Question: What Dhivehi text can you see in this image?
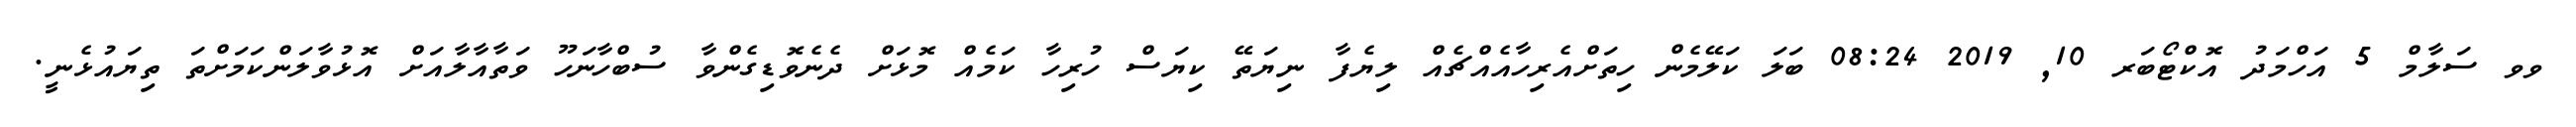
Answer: ވވ ސަލާމް 5 އަހްމަދު އޮކްޓޯބަރ 10, 2019 08:24 ބަލަ ކަލޭމެން ހިތަށްއެރިހާއެއްޗެއް ލިޔެފާ ނިޔަތޭ ކިޔަސް ހުރިހާ ކަމެއް މޮޅަށް ދެނެވޮޑިގެންވާ ސުބްހާނަހޫ ވަތާއާލާއަށް އޮޅުވާލަންކަމަށްތަ ތިޔައުޅެނީ.